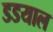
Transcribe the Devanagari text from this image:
डडयाल